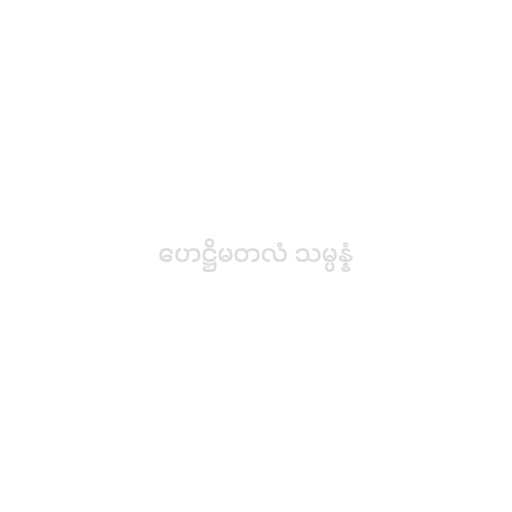
ဟေဋ္ဌိမတလံ သမ္ပန္နံ